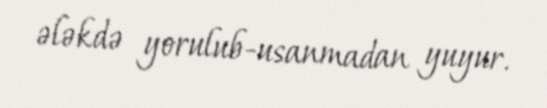
ələkdə yorulub-usanmadan yuyur.